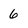
Character: 6